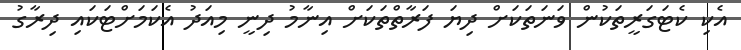
އެކި ކެޓަގަރީތަކުން ވަނަތަކަށް ދިޔަ ފަރާތްތަކަށް އިނާމު ދިނީ މިއަދު އެކަމަށްޓަކައި ދިރާގު